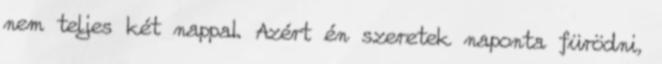
nem teljes két nappal. Azért én szeretek naponta fürödni,